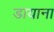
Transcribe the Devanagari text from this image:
डायाना